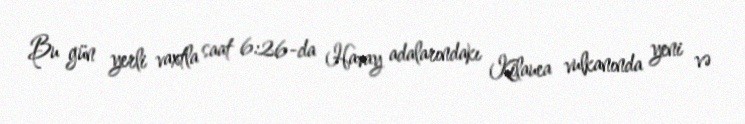
Bu gün yerli vaxtla saat 6:26-da Havay adalarındakı Kilauea vulkanında yeni və